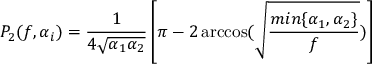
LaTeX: P _ { 2 } ( f , \alpha _ { i } ) = \frac { 1 } { 4 \sqrt { \alpha _ { 1 } \alpha _ { 2 } } } \left[ \pi - 2 \operatorname { a r c c o s } ( \sqrt { \frac { m i n \{ \alpha _ { 1 } , \alpha _ { 2 } \} } { f } } ) \right]